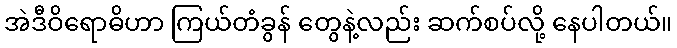
အဲဒီဝိရောဓိဟာ ကြယ်တံခွန် တွေနဲ့လည်း ဆက်စပ်လို့ နေပါတယ်။